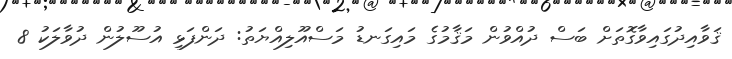
ޤަވާއިދުގައިވާގޮތަށް ބަސް ދުއްވުން މަޤާމުގެ މައިގަނޑު މަސްއޫލިއްޔަތު: ދަންފަޅި އުސޫލުން ދުވާލަކު 8